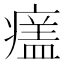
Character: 𤹺